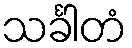
သင်္ခါတံ